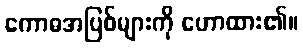
ကောဓအပြစ်များကို ဟောထား၏။